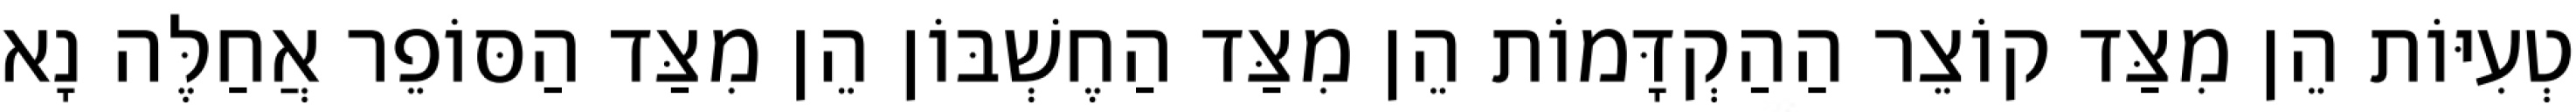
טְעִיּוֹת הֵן מִצַּד קוֹצֵר הַהַקְדָּמוֹת הֵן מִצַּד הַחֶשְׁבּוֹן הֵן מִצַּד הַסּוֹפֵר אֲחַלֶּה נָא